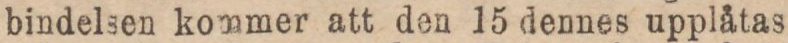
bindelsen kommer att den 15 dennes upplåtas